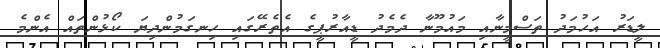
ލީޑަރު އަހުމަދު ތަސްމީނާއި މައުމޫނާ ދެމެދު ޑީއާރުޕީގެ އެތެރޭގައި ހިނގަމުންދިޔަ ކޯޅުންތައް އެންމެ